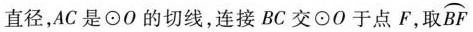
直径，AC是\odot O的切线，连接BC交\odot O于点F，取\stackrel\frown{BF}